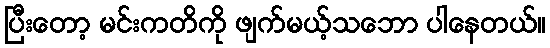
ပြီးတော့ မင်းကတိကို ဖျက်မယ့်သဘော ပါနေတယ်။